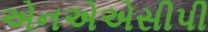
એનએએસીપી